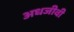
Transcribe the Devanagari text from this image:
अधजीवी